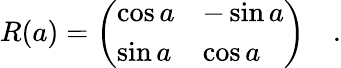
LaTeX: R(a)=\left(\begin{array}{ll}{{\cos a}}&{{-\sin a}}\\ {{\sin a}}&{{\cos a}}\end{array}\right)\quad.